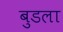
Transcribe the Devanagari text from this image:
बुडला